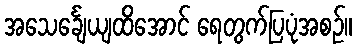
အသေင်္ချေယျထိအောင် ရေတွက်ပြပုံအစဉ်။